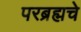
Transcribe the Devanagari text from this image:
परब्रह्मचे